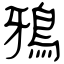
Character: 鴉